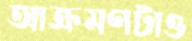
আক্রমণটাও